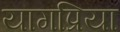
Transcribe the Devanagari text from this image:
यागप्रिया